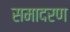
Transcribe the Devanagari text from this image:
समादरण